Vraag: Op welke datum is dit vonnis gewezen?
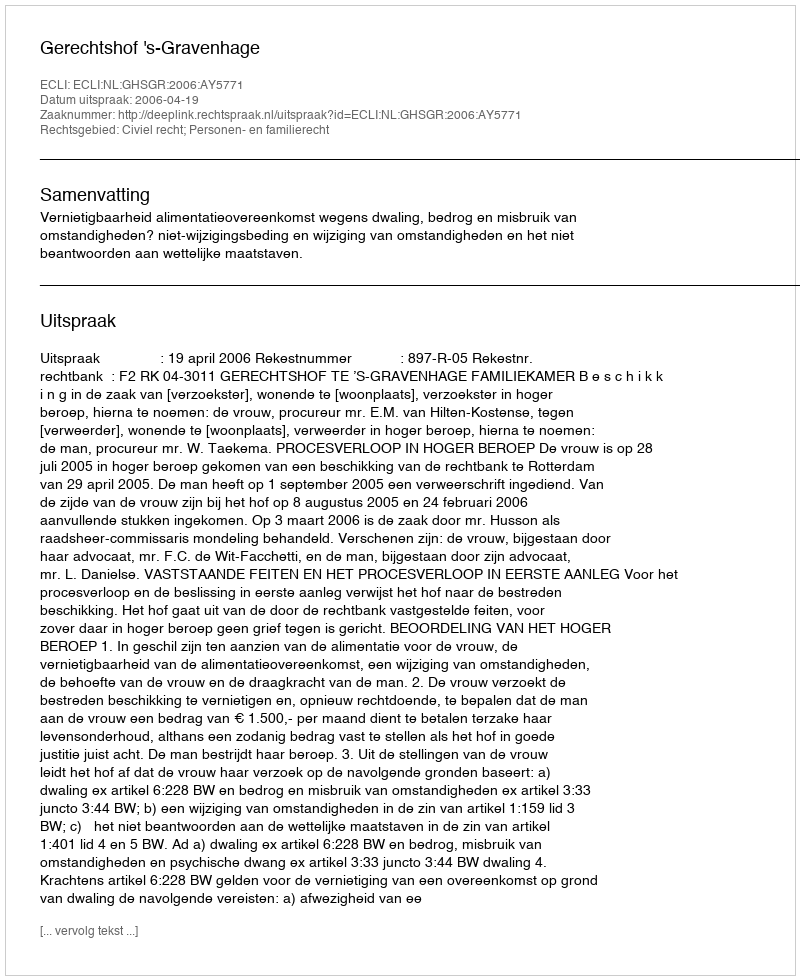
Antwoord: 2006-04-19